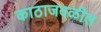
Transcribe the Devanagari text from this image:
काठाजवळील